Lunatic asylums in Bengal annual reports 1912-1924 - 1912-1924
Year: 1912
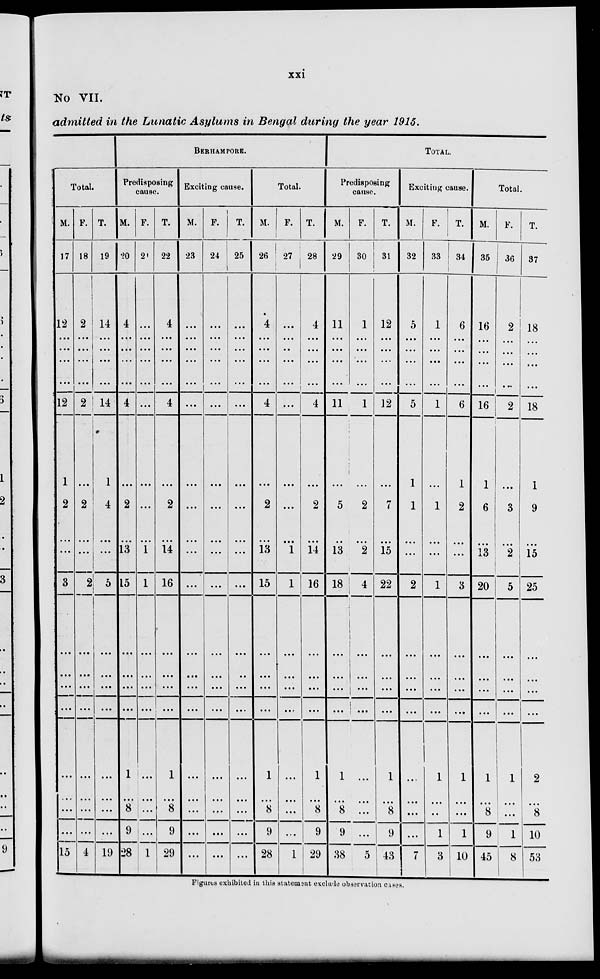
xxi
NO VII.
admitted in the Lunatic Asylums in Bengal during the year 1915.
Total.
M.
17
12
...
...
...
...
12
1
2
...
...
3
...
...
...
...
...
...
...
...
15
F.
18
2
...
...
...
...
2
...
2
...
...
2
...
...
...
...
...
...
...
...
4
T.
19
14
...
...
...
...
14
1
4
...
...
5
...
...
...
...
...
...
...
...
19
BERHAMPORE.
Predisposing
cause.
M.
20
4
...
...
...
...
4
...
2
...
13
15
...
...
...
...
1
...
8
9
28
F.
2
...
...
...
...
...
...
...
...
...
1
1
...
...
...
...
...
...
...
...
1
T.
22
4
...
...
...
...
4
...
2
...
14
16
...
...
...
...
1
...
8
9
29
Exciting cause.
M.
23
...
...
...
...
...
...
...
...
...
...
...
...
...
...
...
...
...
...
...
...
F.
24
...
...
...
...
...
...
...
...
...
...
...
...
...
...
...
...
...
...
...
...
T.
25
...
...
...
...
...
...
...
...
...
...
...
...
...
...
...
...
...
...
...
...
Total.
M.
26
4
...
...
...
...
4
...
2
...
13
15
...
...
...
...
1
...
8
9
28
F.
27
...
...
..
...
...
...
...
...
...
1
1
...
...
...
...
...
...
...
...
1
T.
28
4
...
...
...
...
4
...
2
...
14
16
...
...
...
...
1
...
8
9
29
TOTAL.
Predisposing
cause.
M.
29
11
...
...
...
...
11
...
5
...
13
18
...
...
...
...
1
...
8
9
38
F.
30
1
...
...
...
...
1
...
2
...
2
4
...
...
...
...
...
...
...
...
5
T.
31
12
...
...
...
...
12
...
7
...
15
22
...
...
...
...
1
...
8
9
43
Exciting cause.
M.
32
5
...
...
...
...
5
1
1
...
...
2
...
...
...
...
...
...
...
...
7
F.
33
1
...
...
...
...
1
...
1
...
...
1
...
...
...
...
1
...
...
1
3
T.
34
6
...
...
...
...
6
1
2
...
...
3
...
...
...
...
1
...
...
1
10
Total.
M.
35
16
...
...
...
...
16
1
6
...
13
20
...
...
...
...
1
...
8
9
45
F.
36
2
...
...
...
...
2
...
3
...
2
5
...
...
...
...
1
...
...
1
8
T.
37
18
...
...
...
...
18
1
9
...
15
25
...
...
...
...
2
...
8
10
53
Figures exhibited in this statement exclude observation cases.